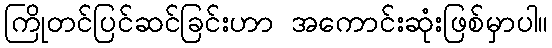
ကြိုတင်ပြင်ဆင်ခြင်းဟာ အကောင်းဆုံးဖြစ်မှာပါ။